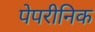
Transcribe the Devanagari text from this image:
पेपरीनिक